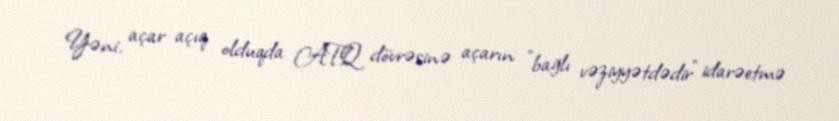
Yəni, açar açıq olduqda ATQ dövrəsinə açarın "bağlı vəziyyətdədir" idarəetmə